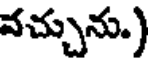
వచ్చును.)